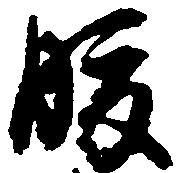
腹